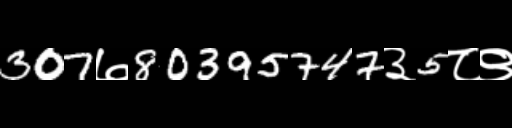
Text: 307७80395747३5८९